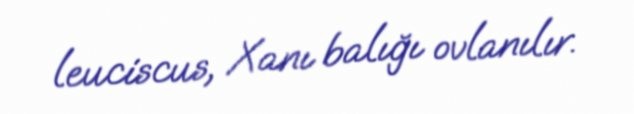
leuciscus, Xanı balığı ovlanılır.